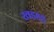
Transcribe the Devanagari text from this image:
खडहड्